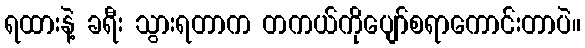
ရထားနဲ့ ခရီး သွားရတာက တကယ်ကိုပျော်စရာကောင်းတာပဲ။